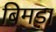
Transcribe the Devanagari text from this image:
बिमड़ा